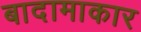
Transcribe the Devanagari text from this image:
बादामाकार